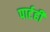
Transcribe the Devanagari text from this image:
पार्टही